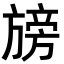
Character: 𭥁